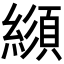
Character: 𦄼